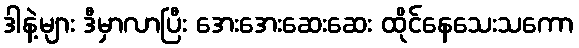
ဒါနဲ့များ ဒီမှာလာပြီး အေးအေးဆေးဆေး ထိုင်နေသေးသကော